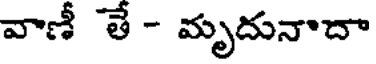
వాణీ తే - మృదునాదా